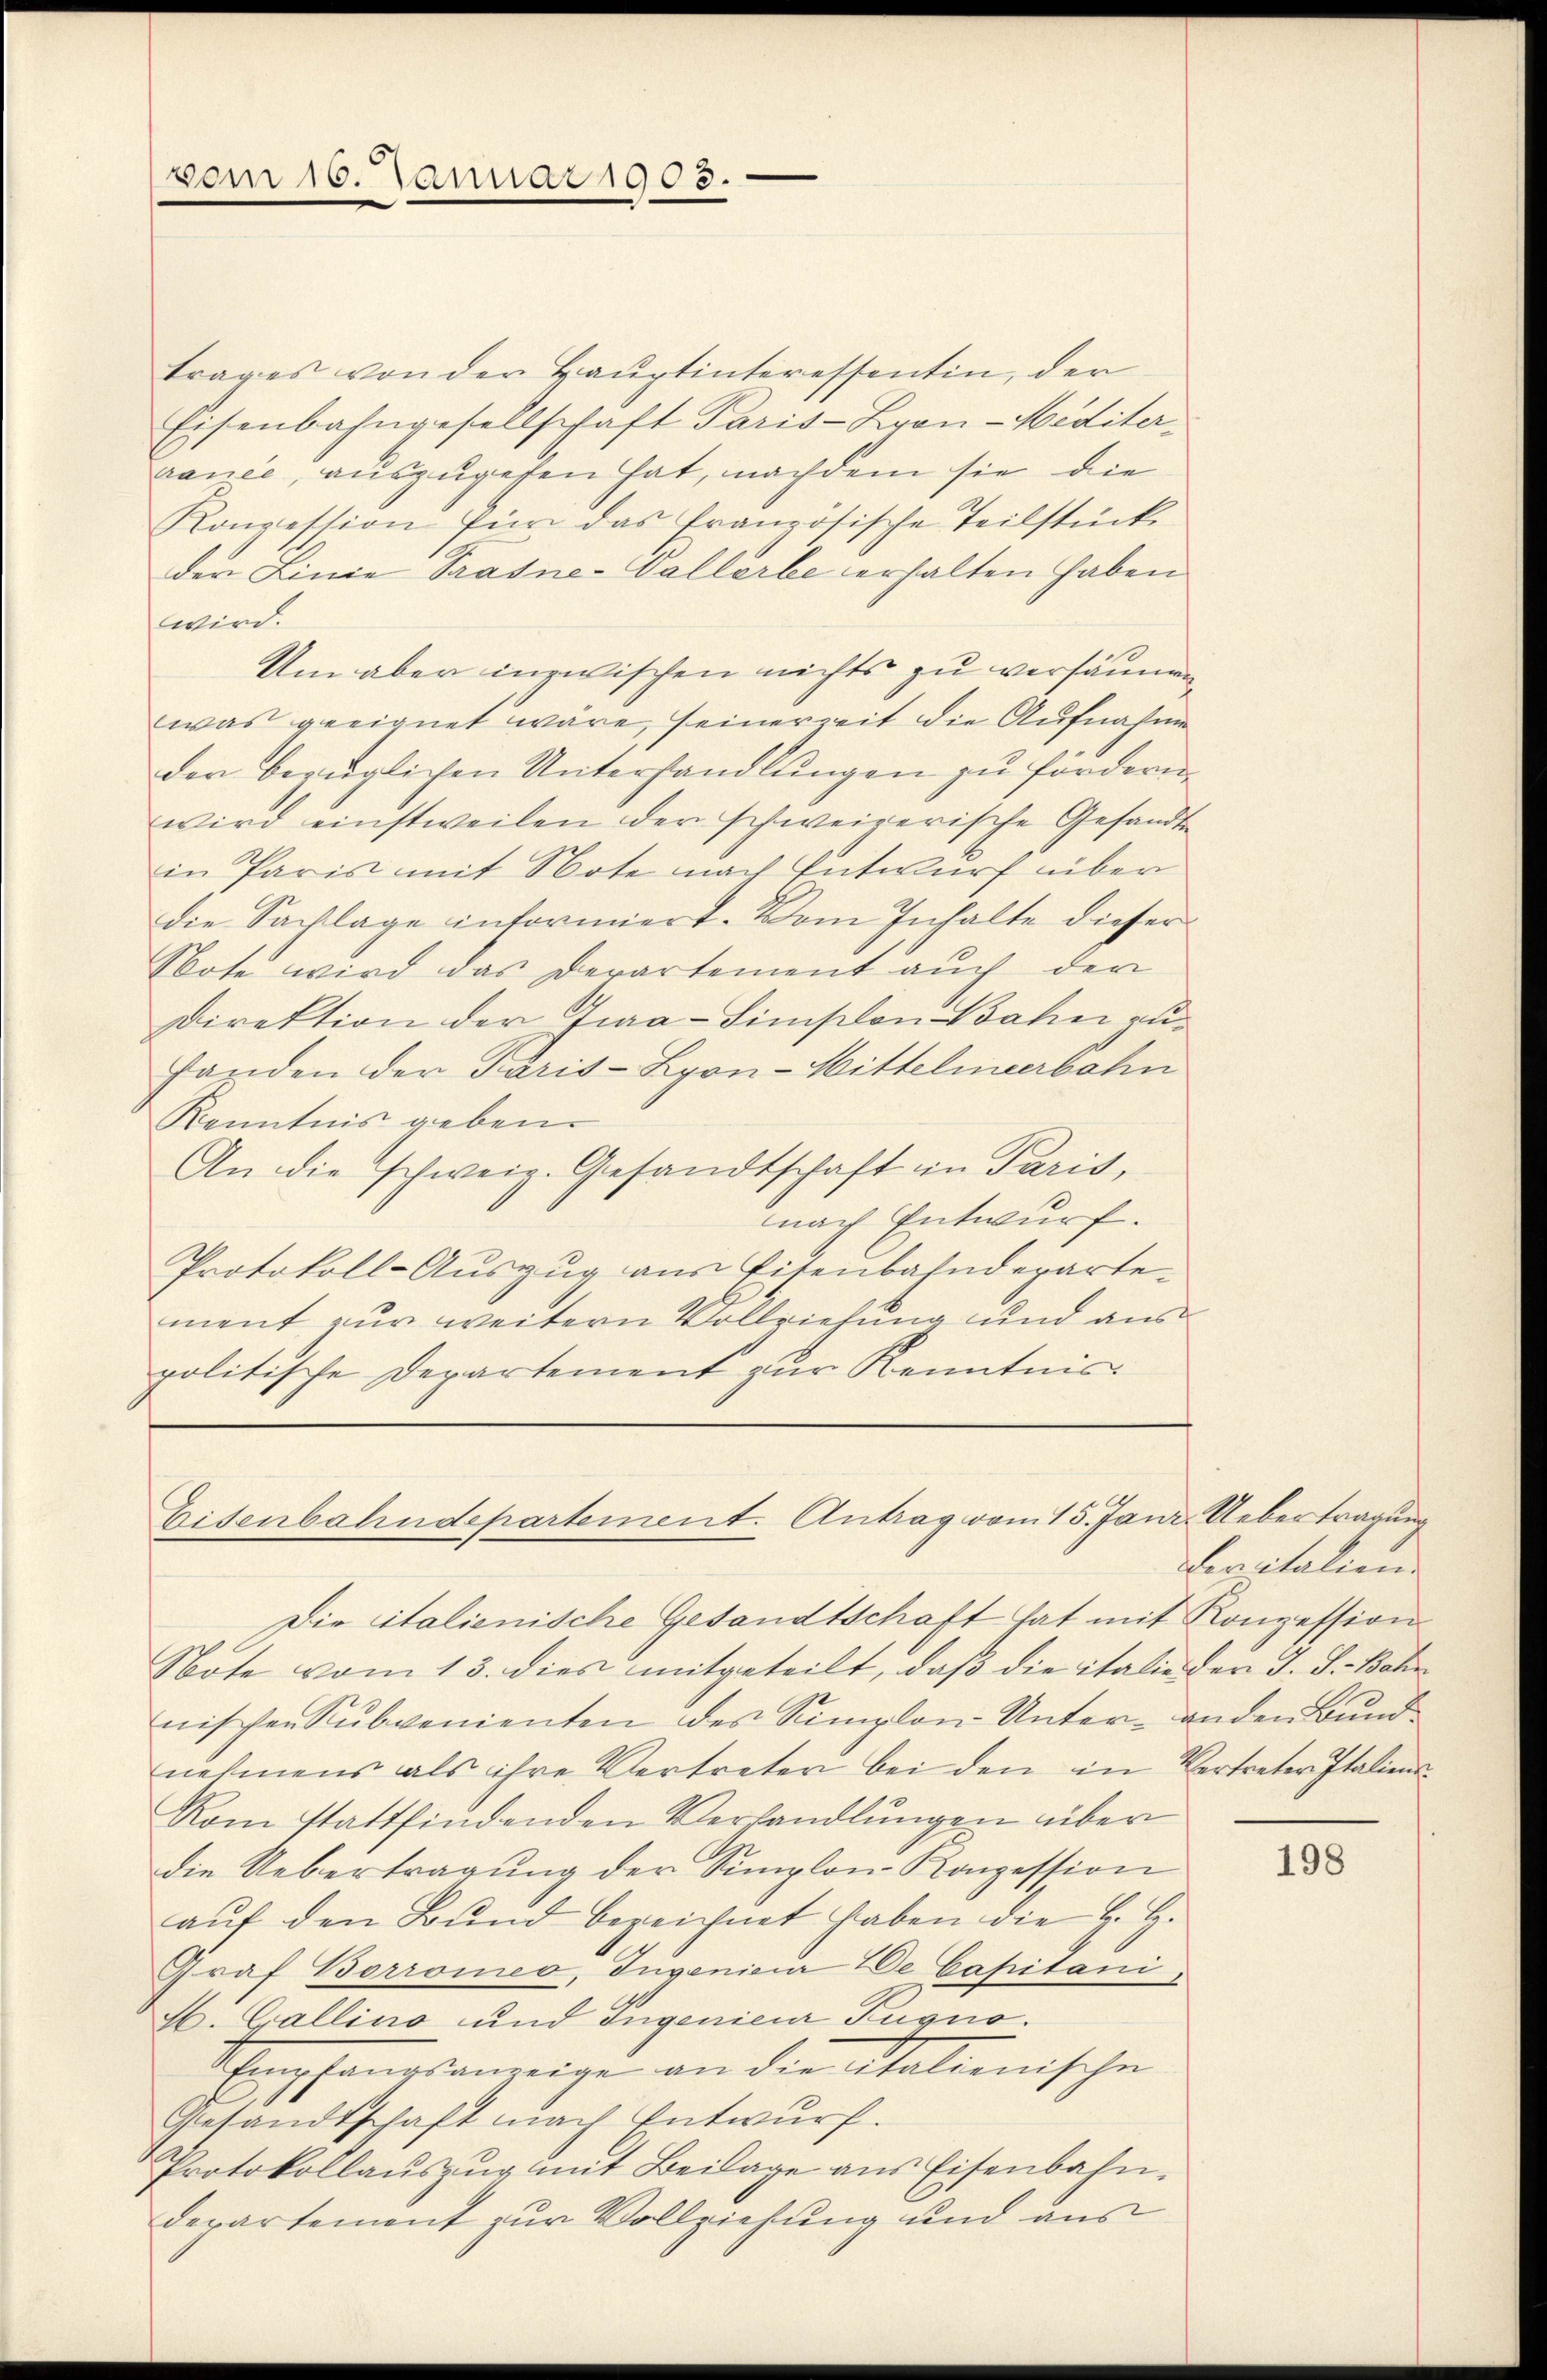
Die italienische Gesandtschaft hat mit Konzession
Note vom 13. dies mitgeteilt, daß die italie der J. J. Bohr
nischen Subvenienten des Simplon-Unter- anden Bund
nehmens als ihre Vertreter bei den in Vertreter Italiens
Rom stattfindenden Verhandlŭngen über
die Uebertragŭng der Simplon Konzession
aŭf den Bŭnd bezeichnet haben die H. H.
Graf Borromeo, Ingenieur de Capitani
H. Gallino und Ingenieur Fugno.
Schmerpfangsanzeige an die italienische
Gesandtschaft nach Entwurf.
Protokollaŭszŭg mit Beilage ans Eisenbahn-
Departement zur Vollziehung und aus

vom 15. Januar 1903.

trages von der Hauptinteressentin, der
Eisenbahngesellschaft Paris-Bran-Meditervance, auszugehen hat, nachdem sie die
Konzession für das französische Teilstück.
der Linie Trasne-Vallerbe erhalten haben
wird.
Um aber inzwischen nichts zu versäumen
was geeignet wäre, seinerzeit die Aufnahme
der bezüglichen Unterhandlungen zu fördern.
wird einstweilen der schweizerische Gesandte
in Paris mit Note nach Entwurf über
die Sachlage informiert. Vom Inhalte dieser
Note wird das Derartement auch der
Direktion der Traa-Siniscon Bahn zuhanden der Paris-Lyon-Mittelmeerbahn
Kenntnis geben.
An die schweiz. Gesandtschaft in Paris,
nach Entwurf.
Protokoll-Auszug aus Eisenbahndeparte
ment zur weitern Vollziehung und aus
politische Departement zur Kenntnis

Eisenbahndepartement. Antrag vom 15. Janr. Uebertragung

Deritalien.

198